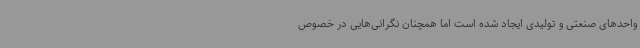
واحدهای صنعتی و تولیدی ایجاد شده است اما همچنان نگرانی‌هایی در خصوص